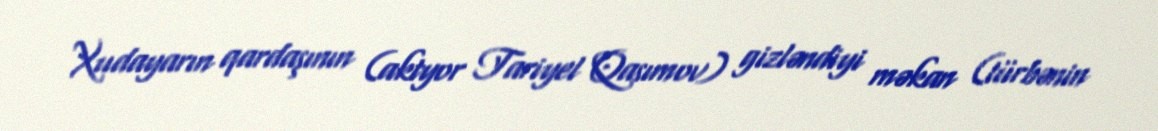
Xudayarın qardaşının (aktyor Tariyel Qasımov) gizləndiyi məkan (türbənin